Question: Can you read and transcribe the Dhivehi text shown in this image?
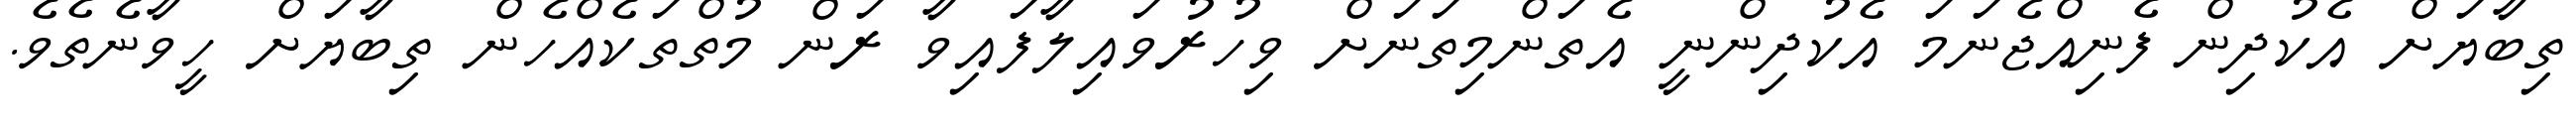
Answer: ތިބާޔަށް އެކުދިން ފެނިއްޖެނަމަ އެކުދިންނީ އެތަންމިތަނަށް ވިހުރުވައިލާފައިވާ ރަން މުތްތަކެއްހެން ތިބާޔަށް ހީވާނެތެވެ.